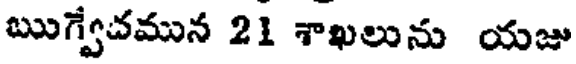
ఋగ్వేచమున 21 శాఖలును యజు